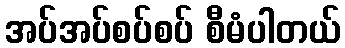
အပ်အပ်စပ်စပ် စီမံပါတယ်